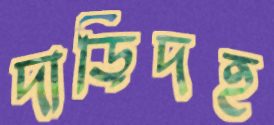
দাড়িদহ